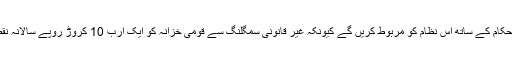
انہوں نے کہا کہ کسٹم حکام کے ساتھ اس نظام کو مربوط کریں گے کیونکہ غیر قانونی سمگلنگ سے قومی خزانہ کو ایک ارب 10 کروڑ روپے سالانہ نقصان پہنچایا جا رہا تھا۔